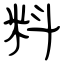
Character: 料